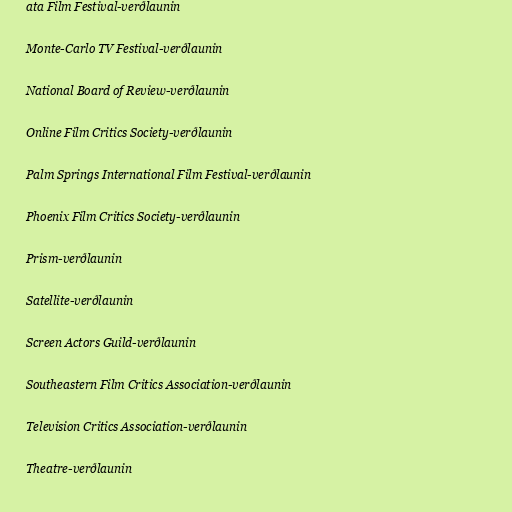
ata Film Festival-verðlaunin

Monte-Carlo TV Festival-verðlaunin

National Board of Review-verðlaunin

Online Film Critics Society-verðlaunin

Palm Springs International Film Festival-verðlaunin

Phoenix Film Critics Society-verðlaunin

Prism-verðlaunin

Satellite-verðlaunin

Screen Actors Guild-verðlaunin

Southeastern Film Critics Association-verðlaunin

Television Critics Association-verðlaunin

Theatre-verðlaunin